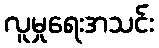
လူမှုရေးအသင်း